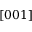
[ 0 0 1 ]